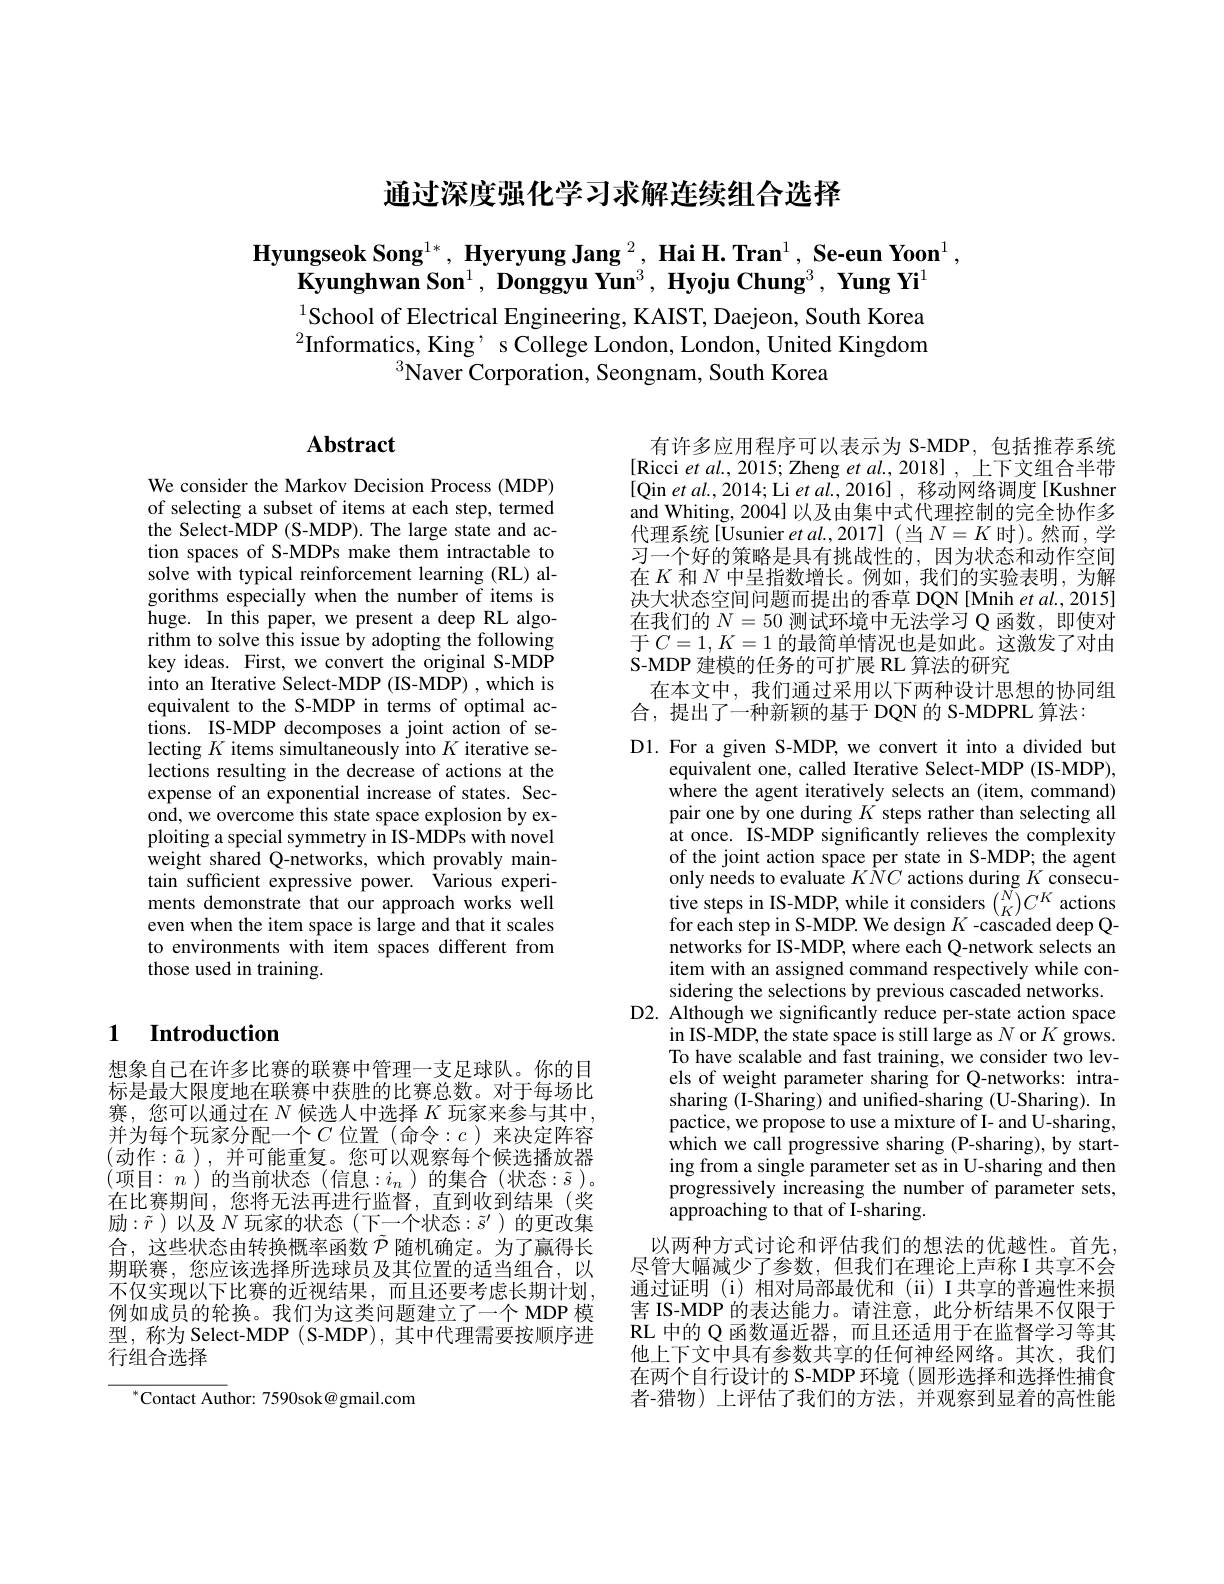
# 通过深度强化学习求解连续组合选择

$\textbf{Hyungseok Song}^{1*},\textbf{ Hyeryung Jang }^2,\textbf{ Hai H. Tran}^1,\textbf{ Se-eun Yoon}^1$,
$\textbf{Kyunghwan Son}^1,\textbf{ Donggyu Yun}^3,\textbf{ Hyoju Chung}^3,\textbf{ Yung Yi}^1$

$^{1}$School of Electrical Engineering, KAIST, Daejeon, South Korea $^{2}$Informatics, King’ s College London, London, United Kingdom
$^{3}$Naver Corporation, Seongnam, South Korea

## $\mathbf{Abstract}$

We consider the Markov Decision Process (MDP) of selecting a subset of items at each step, termed the Select-MDP (S-MDP). The large state and action spaces of S-MDPs make them intractable to solve with typical reinforcement learning (RL) algorithms especially when the number of items is huge. In this paper, we present a deep RL algorithm to solve this issue by adopting the following key ideas. First, we convert the original S-MDP into an Iterative Select-MDP (IS-MDP) ,which is equivalent to the S-MDP in terms of optimal actions. IS-MDP decomposes a joint action of selecting $K$ items simultaneously into $K$ iterative selections resulting in the decrease of actions at the expense of an exponential increase of states. Second, we overcome this state space explosion by exploiting a special symmetry in IS-MDPs with novel weight shared Q-networks, which provably maintain sufficient expressive power. Various experiments demonstrate that our approach works well even when the item space is large and that it scales to environments with item spaces different from those used in training.

## 1 Introduction

想象自己在许多比赛的联赛中管理一支足球队。你的目标是最大限度地在联赛中获胜的比赛总数。对于每场比赛，您可以通过在$N$候选人中选择$K$玩家来参与其中， 并为每个玩家分配一个$C$ 位置(命令：c)来决定阵容(动作：$\tilde{a})$,并可能重复。您可以观察每个候选播放器在比赛期间，您将无法再进行监督，直到收到结果(奖励$:\tilde{r}$)以及$N$ 玩家的状态(下一个状态：$\tilde{s}^\prime$)的更改集合，这些状态由转换概率函数$\tilde{\mathcal{P}}$随机确定。为了赢得长期联赛，您应该选择所选球员及其位置的适当组合，以不仅实现以下比赛的近视结果，而且还要考虑长期计划， 例如成员的轮换。我们为这类问题建立了一个 MDP 模型，称为 Select-MDP ( S-MDP), 其中代理需要按顺序进行组合选择

$^{*}$Contact Author: 7590sok@gmail.com

有许多应用程序可以表示为 S-MDP, 包括推荐系统[Ricci et al., 2015; Zheng et $al.$,上下文组合半带[Qin et al., 2014; Li et al., 2016] , 移动网络调度[Kushner and Whiting, 2004] 以及由集中式代理控制的完全协作多代理系统[Usunier et al.,2017](当$N=K$时)。然而，学习一个好的策略是具有挑战性的，因为状态和动作空间在$K$和$N$中呈指数增长。例如，我们的实验表明，为解决大状态空间问题而提出的香草 DQN[Mnih et al., 2015] 在我们的$N=50$测试环境中无法学习 Q 函数，即使对于$C=1,K=1$的最简单情况也是如此。这激发了对由S-MDP 建模的任务的可扩展 RL 算法的研究
在本文中，我们通过采用以下两种设计思想的协同组
合，提出了一种新颖的基于 DQN 的 S-MDPRL 算法：

D1. For a given S-MDP, we convert it into a divided but
equivalent one, called Iterative Select-MDP (IS-MDP), where the agent iteratively selects an (item, command) pair one by one during $K$ steps rather than selecting all at once. IS-MDP significantly relieves the complexity of the joint action space per state in S-MDP; the agent only needs to evaluate $K\hat{N}C$ actions during $K$ consecu- $\begin{array}{l}{\mathrm{tive~steps~in~IS-MDP,~while~it~considers~}}{\binom{N}{K}}C^{K}&{\mathrm{actions}}\\{\mathrm{for~each~step~in~S-MDP.~We~design~}K\text{-cascaded deep Q-}}\end{array}$ networks for IS-MDP, where each Q-network selects an item with an assigned command respectively while considering the selections by previous cascaded networks.
D2. Although we significantly reduce per-state action space
in IS-MDP, the state space is still large as $N$ or $K$ grows. To have scalable and fast training, we consider two levels of weight parameter sharing for Q-networks: intrasharing (I-Sharing) and unified-sharing (U-Sharing). In pactice, we propose to use a mixture of I- and U-sharing, which we call progressive sharing (P-sharing), by starting from a single parameter set as in U-sharing and then progressively increasing the number of parameter sets, approaching to that of I-sharing.
以两种方式讨论和评估我们的想法的优越性。首先， 尽管大幅减少了参数，但我们在理论上声称 I 共享不会通过证明 (i) 相对局部最优和 (ii) I 共享的普遍性来损害 IS-MDP 的表达能力。请注意，此分析结果不仅限于RL 中的 Q 函数逼近器，而且还适用于在监督学习等其他上下文中具有参数共享的任何神经网络。其次，我们在两个自行设计的 S-MDP 环境 (圆形选择和选择性捕食者-猎物)上评估了我们的方法，并观察到显着的高性能